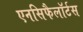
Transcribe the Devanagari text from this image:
एनसिफैलॉर्टस